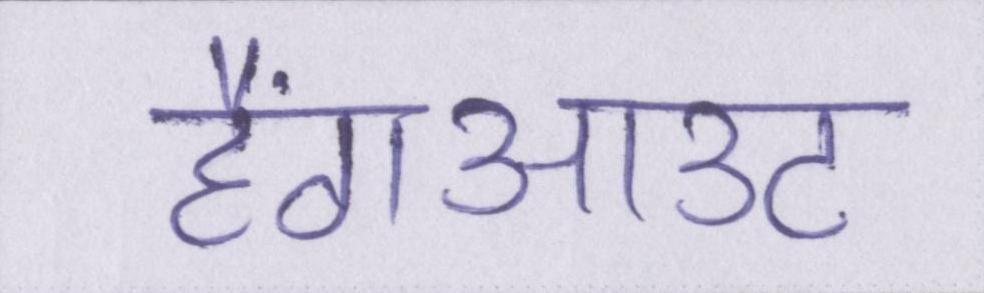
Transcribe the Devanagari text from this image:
हैंगआउट